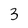
Character: 3